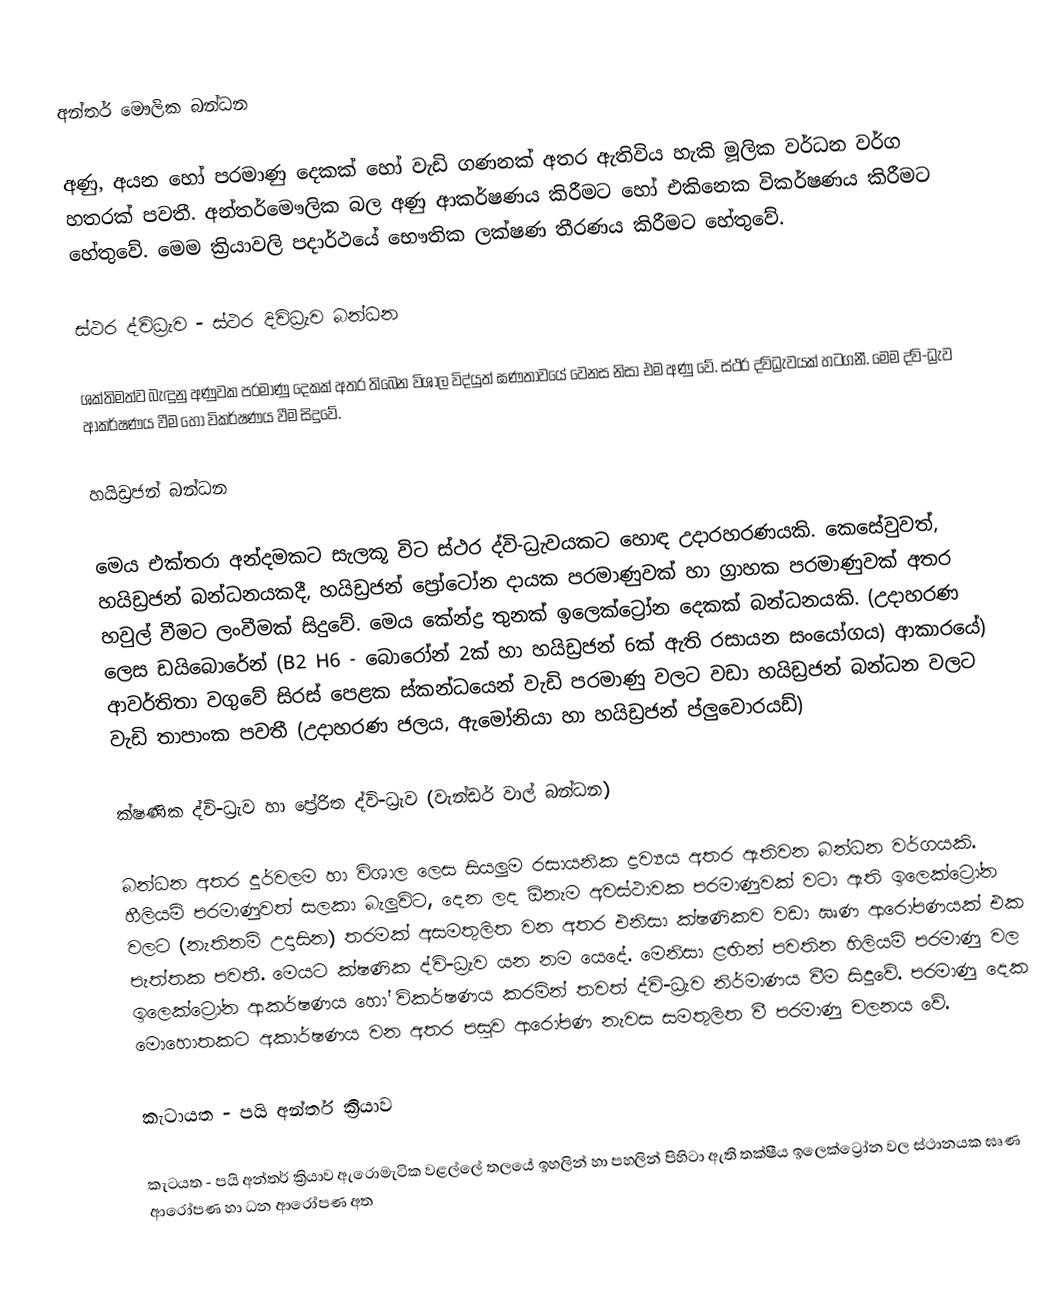
අන්තර් මෞලික බන්ධන

අණු, අයන හෝ පරමාණු දෙකක් හෝ වැඩි ගණනක් අතර ඇතිවිය හැකි මූලික වර්ධන වර්ග හතරක් පවතී. අන්තර්මෞලික බල අණු ආකර්ෂණය කිරීමට හෝ එකිනෙක විකර්ෂණය කිරීමට හේතුවේ. මෙම ක්‍රියාවලි පදාර්ථයේ භෞතික ලක්ෂණ තීරණය කිරීමට හේතුවේ.

ස්ථර ද්විධ්‍රැව - ස්ථර දිවිධ්‍රැව බන්ධන

ශක්තිමත්ව බැඳුනු අණුවක පරමාණු දෙකක් අතර තිබෙන විශාල විද්යුත් ඝණතාවයේ වෙනස නිසා එම අණු වේ. ස්ථර ද්විධ්‍රැවයක් හටගනී. මෙම ද්වි-ධ්‍රැව ආකර්ෂණය වීම හෝ විකර්ෂණය වීම සිදුවේ.

හයිඩ්‍රජන් බන්ධන

මෙය එක්තරා අන්දමකට සැලකූ විට ස්ථර ද්වි-ධ්‍රැවයකට හොඳ උදාරහරණයකි. කෙසේවුවත්, හයිඩ්‍රජන් බන්ධනයකදී, හයිඩ්‍රජන් ප්‍රෝටෝන දායක පරමාණුවක් හා ග්‍රාහක පරමාණුවක් අතර හවුල් වීමට ලංවීමක් සිදුවේ. මෙය කේන්ද්‍ර තුනක් ඉලෙක්ට්‍රෝන දෙකක් බන්ධනයකි. (උදාහරණ ලෙස ඩයිබොරේන් (B2 H6 - බොරෝන් 2ක් හා හයිඩ්‍රජන් 6ක් ඇති රසායන සංයෝගය) ආකාරයේ) ආවර්තිතා වගුවේ සිරස් පෙළක ස්කන්ධයෙන් වැඩි පරමාණු වලට වඩා හයිඩ්‍රජන් බන්ධන වලට වැඩි තාපාංක පවතී (උදාහරණ ජලය, ඇමෝනියා හා හයිඩ්‍රජන් ප්ලුවොරයඩ්)

ක්ෂණික ද්වි-ධ්‍රැව හා ප්‍රේරිත ද්වි-ධ්‍රැව (වැන්ඩර් වාල් බන්ධන)

බන්ධන අතර දුර්වලම හා විශාල ලෙස සියලුම රසායනික ද්‍රව්‍යය අතර ඇතිවන බන්ධන වර්ගයකි. හීලියම් පරමාණුවත් සලකා බැලුවිට, දෙන ලද ඕනැම අවස්ථාවක පරමාණුවක් වටා ඇති ඉලෙක්ට්‍රෝන වලට (නැතිනම් උදාසින) තරමක් අසමතුලිත වන අතර එනිසා ක්ෂණිකව වඩා ඝෘණ ආරෝපණයක් එක පැත්තක පවතී. මෙයට ක්ෂණික ද්වි-ධ්‍රැව යන නම යෙදේ. මෙනිසා ළඟින් පවතින හිලියම් පරමාණු වල ඉලෙක්ට්‍රෝන ආකර්ෂණය හෝ විකර්ෂණය කරමින් තවත් ද්වි-ධ්‍රැව නිර්මාණය වීම සිදුවේ. පරමාණු දෙක මොහොතකට අකාර්ෂණය වන අතර පසුව ආරෝපණ නැවස සමතුලිත වී පරමාණු චලනය වේ.

කැටායත - පයි අන්තර් ක්‍රියාව

කැටයත - පයි අන්තර් ක්‍රියාව ඇරොමැටික වළල්ලේ තලයේ ඉහලින් හා පහලින් පිහිටා ඇති තක්ෂීය ඉලෙක්ට්‍රෝන වල ස්ථානයක ඝෘණ ආරෝපණ හා ධන ආරෝපණ අත